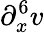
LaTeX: \partial_{x}^{6}v